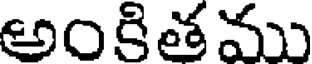
అంకితము